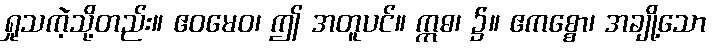
ရှုသကဲ့သို့တည်း။ ဧဝမေဝ၊ ဤ အတူပင်။ ဣဓ၊ ၌။ ဧကစ္စော၊ အချို့သော